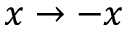
x \rightarrow - x